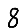
Digit: 8